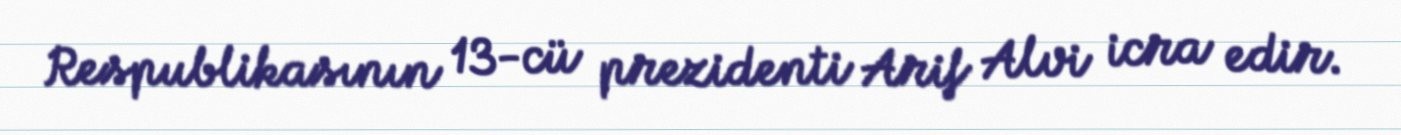
Respublikasının 13-cü prezidenti Arif Alvi icra edir.